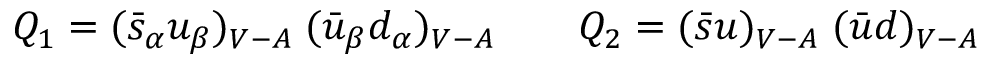
Q _ { 1 } = ( \bar { s } _ { \alpha } u _ { \beta } ) _ { V - A } \; ( \bar { u } _ { \beta } d _ { \alpha } ) _ { V - A } ~ ~ ~ ~ ~ ~ Q _ { 2 } = ( \bar { s } u ) _ { V - A } \; ( \bar { u } d ) _ { V - A }